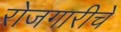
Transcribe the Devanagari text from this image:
रोजगारीचे